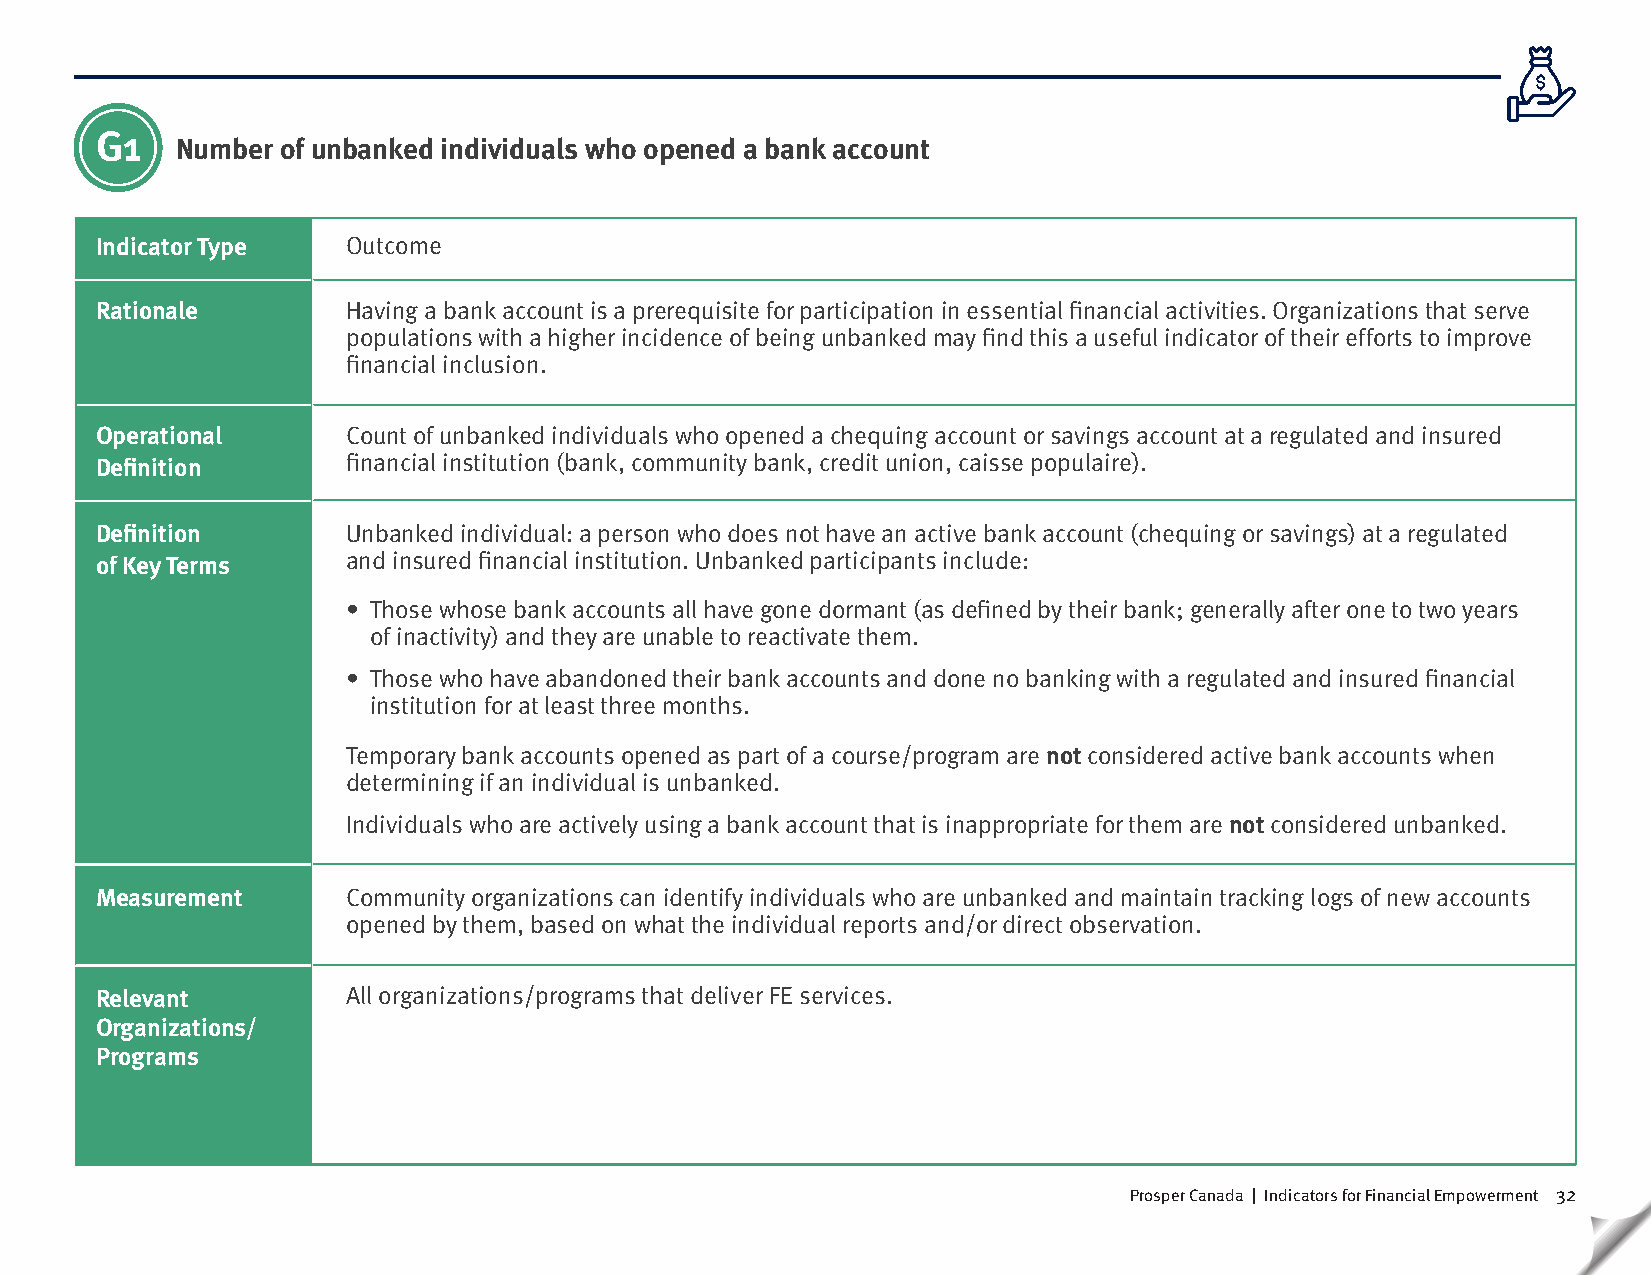
G1
 Number of unbanked individuals who opened a bank account
 Indicator Type   Outcome
 Rationale        Having a bank account is a prerequisite for participation in essential financial activities. Organizations that serve
 populations with a higher incidence of being unbanked may find this a useful indicator of their efforts to improve
 financial inclusion.
 Operational      Count of unbanked individuals who opened a chequing account or savings account at a regulated and insured
 Definition       financial institution (bank, community bank, credit union, caisse populaire).
 Definition       Unbanked individual: a person who does not have an active bank account (chequing or savings) at a regulated
 of Key Terms     and insured financial institution. Unbanked participants include:
 • Those whose bank accounts all have gone dormant (as defined by their bank; generally after one to two years
 of inactivity) and they are unable to reactivate them.
 • Those who have abandoned their bank accounts and done no banking with a regulated and insured financial
 institution for at least three months.
 Temporary bank accounts opened as part of a course/program are not considered active bank accounts when
 determining if an individual is unbanked.
 Individuals who are actively using a bank account that is inappropriate for them are not considered unbanked.
 Measurement      Community organizations can identify individuals who are unbanked and maintain tracking logs of new accounts
 opened by them, based on what the individual reports and/or direct observation.
 Relevant         All organizations/programs that deliver FE services.
 Organizations/
 Programs
 Prosper Canada | Indicators for Financial Empowerment 32